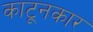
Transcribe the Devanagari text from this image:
काटूनकार